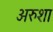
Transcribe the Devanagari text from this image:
अरुशा